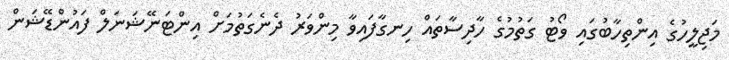
މަޖިލީހުގެ އިންތިހާބުގައި ވޯޓު ގަތުމުގެ ހާދިސާތައް ހިނގާފައިވާ މިންވަރު ދެނެގަތުމަށް އިންޓަނޭޝަނަލް ފައުންޑޭޝަން